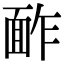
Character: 䩆